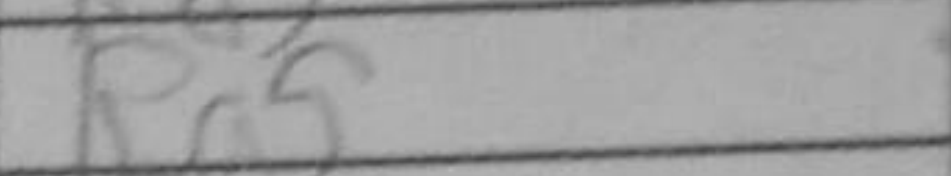
Transcription: Ra5